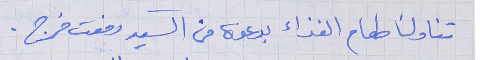
تناولنا طعام الغذاء بدعوة من السيد رفعت فرج .